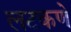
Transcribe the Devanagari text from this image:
लटकणे